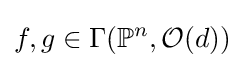
f,g\in \Gamma (\mathbb {P} ^{n},{\mathcal {O}}(d))